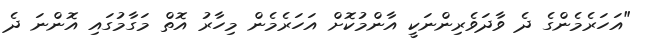
"އަހަރެމެންގެ ދެ ވާދަވެރިންނަކީ އާންމުކޮށް އަހަރެމެން މިހާރު އޮތް މަގާމުގައި އޮންނަ ދެ